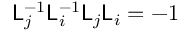
\mathsf { L } _ { j } ^ { - 1 } \mathsf { L } _ { i } ^ { - 1 } \mathsf { L } _ { j } \mathsf { L } _ { i } = - 1